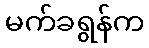
မက်ခရွန်က